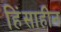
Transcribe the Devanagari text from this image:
हिंसाहीन